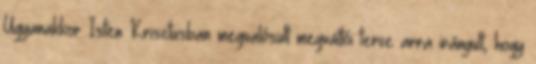
Ugyanakkor Isten Krisztusban megvalósult megváltói terve arra irányult, hogy